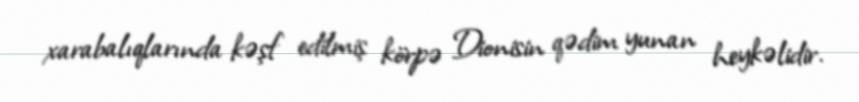
xarabalıqlarında kəşf edilmiş körpə Dionisin qədim yunan heykəlidir.